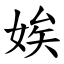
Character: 娭